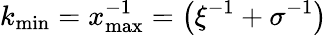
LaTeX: k_{\mathrm{min}}=x_{\mathrm{max}}^{-1}=\left(\xi^{-1}+\sigma^{-1}\right)